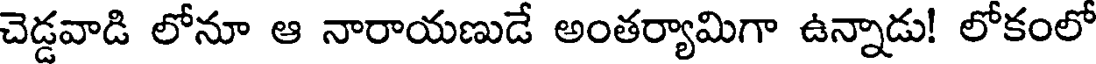
చెడ్డవాడి లోనూ ఆ నారాయణుడే అంతర్యామిగా ఉన్నాడు! లోకంలో